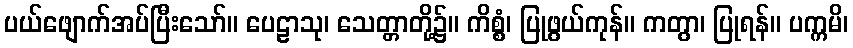
ပယ်ဖျောက်အပ်ပြီးသော်။ ပေဠာသု၊ သေတ္တာတို့၌။ ကိစ္စံ၊ ပြုဖွယ်ကုန်။ ကတွာ၊ ပြုရန်။ ပက္ကမိ၊